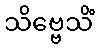
သိဗ္ဗေသိံ